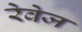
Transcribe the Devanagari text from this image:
रेवेज